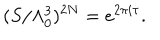
LaTeX: ( S / \Lambda _ { 0 } ^ { 3 } ) ^ { 2 N } = e ^ { 2 \pi i \tau } .